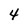
Character: 4